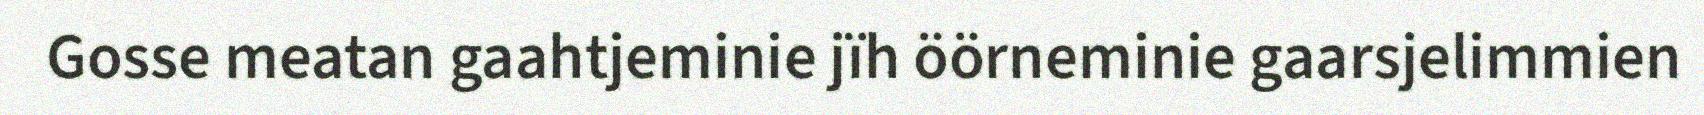
Gosse meatan gaahtjeminie jïh öörneminie gaarsjelimmien